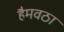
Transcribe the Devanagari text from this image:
हैमवठा